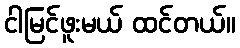
ငါမြင်ဖူးမယ် ထင်တယ်။